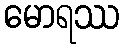
မောရဿ